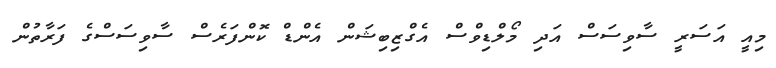
މިއީ އަސަރީ ސާވިސަސް އަދި މޯލްޑިވްސް އެގްޒިބިޝަން އެންޑް ކޮންފަރެސް ސާވިސަސްގެ ފަރާތުން